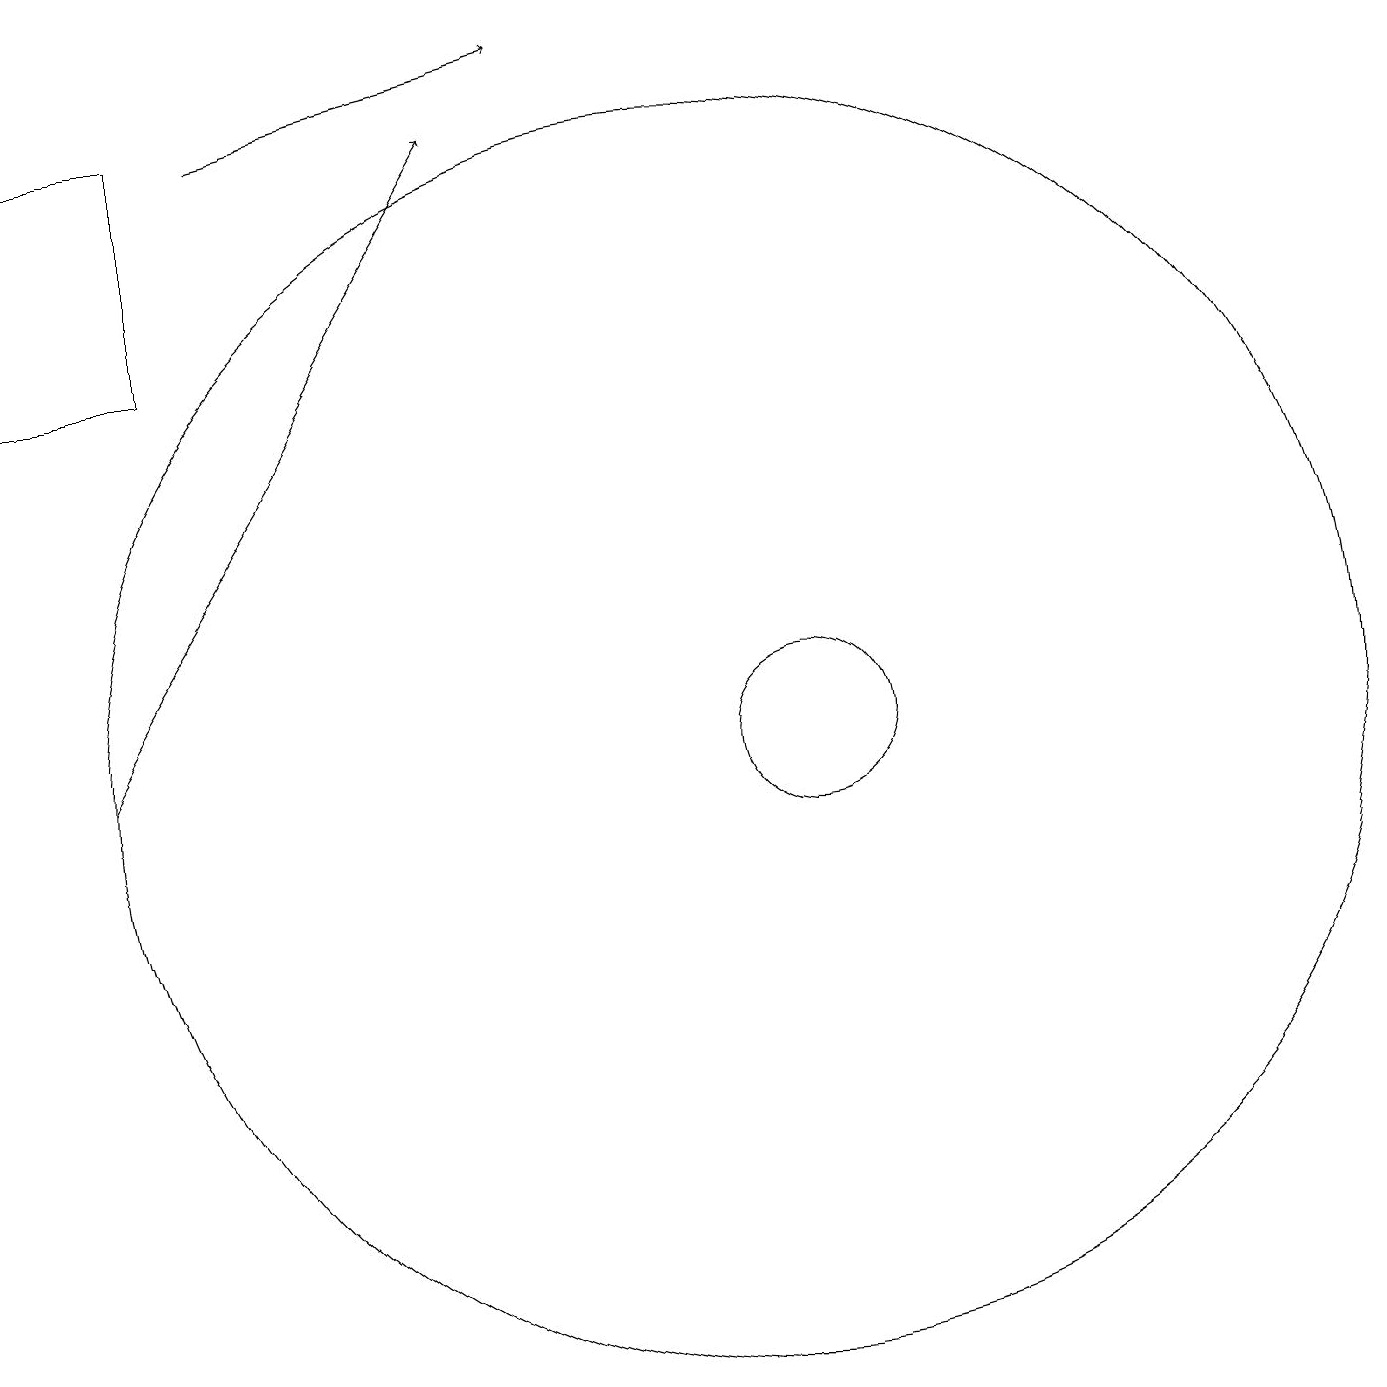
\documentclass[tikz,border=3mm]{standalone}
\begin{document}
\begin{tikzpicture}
\draw (2,15) rectangle (4,18);
\draw[->] (3,10) -- (8,18);
\draw (11,10) circle (8);
\draw[->] (5,18) -- (9,19);
\draw (12,10) circle (1);
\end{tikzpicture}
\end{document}